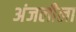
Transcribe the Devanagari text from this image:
अंजलीला